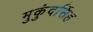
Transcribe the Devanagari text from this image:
मुकुंदसिंह